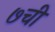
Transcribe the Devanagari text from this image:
७ची